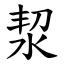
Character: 洯